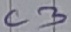
Text: C3